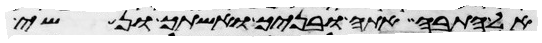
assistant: אל התבה אתה ובניך ואשתך ונשי